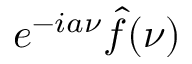
e ^ { - i a \nu } { \hat { f } } ( \nu )